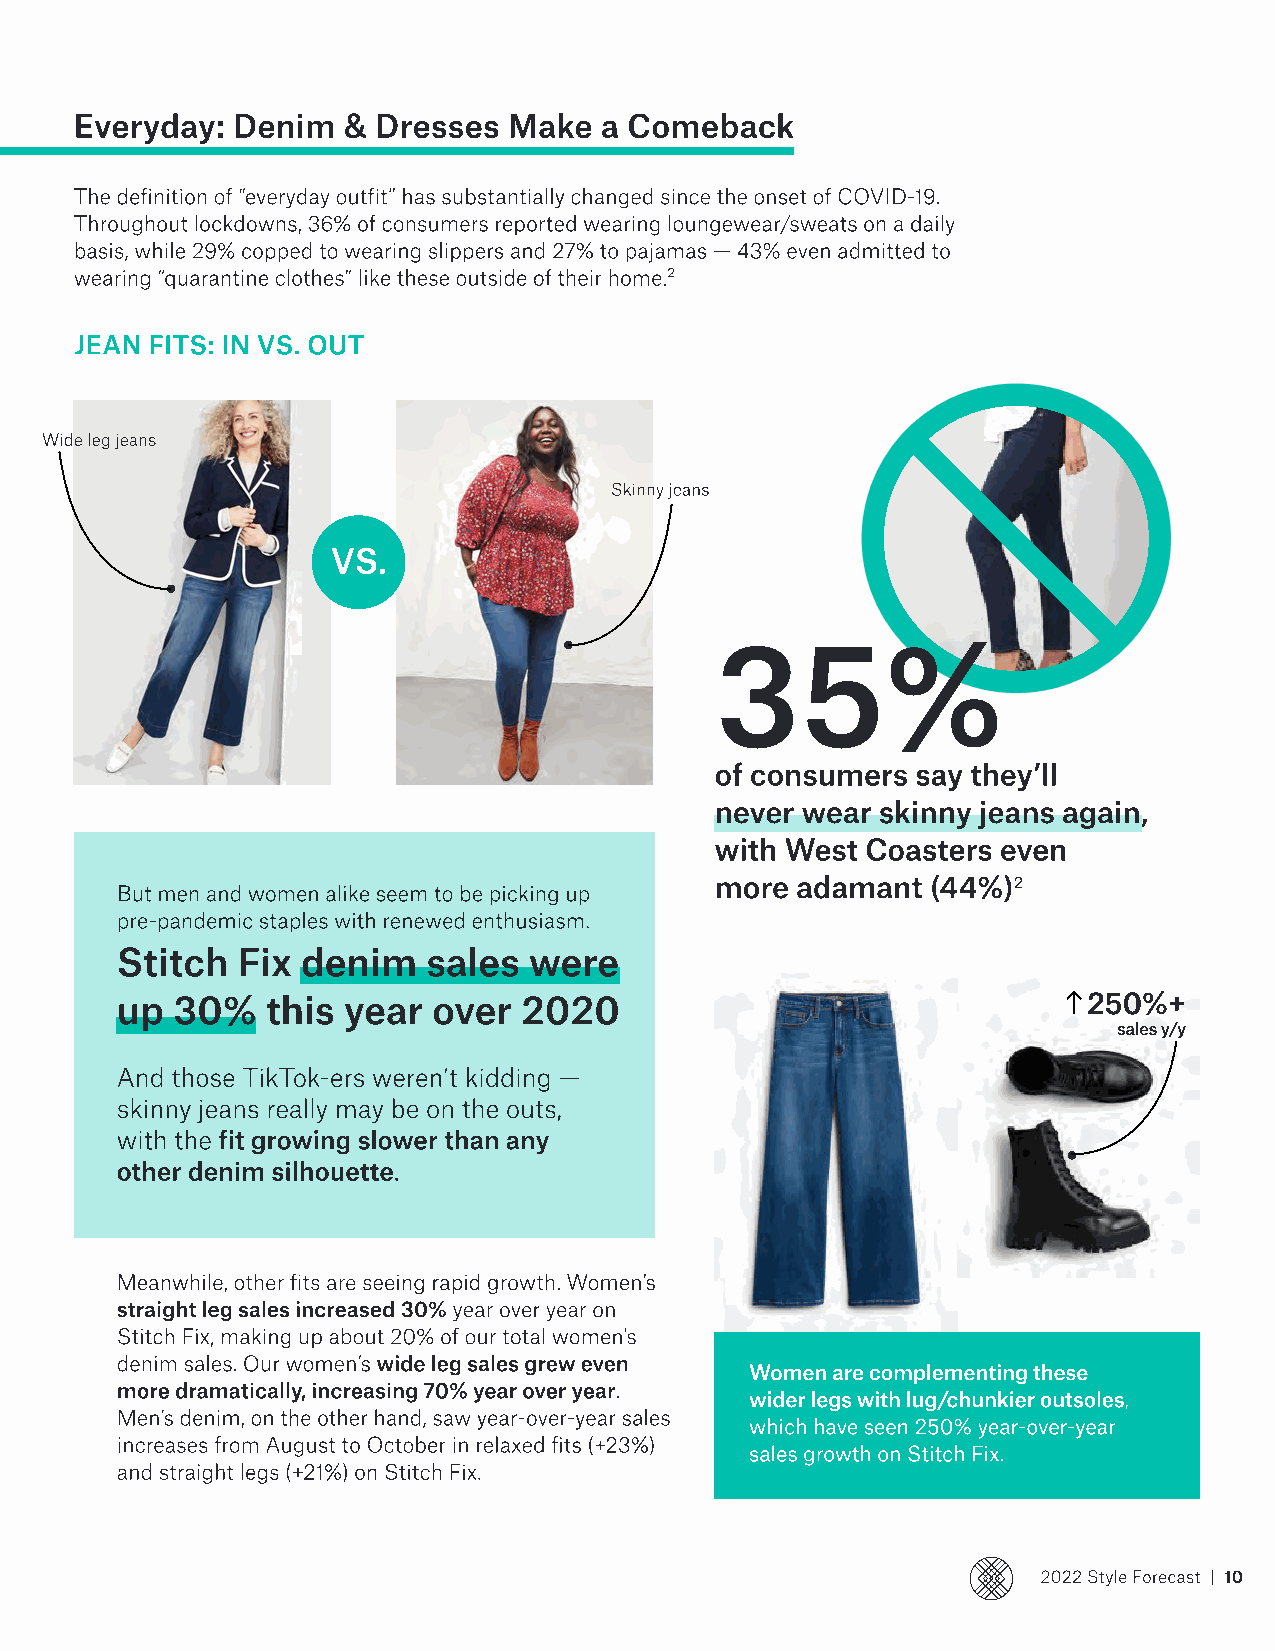
Everyday: Denim   & Dresses  Make  a Comeback
 The definition of “everyday outfit” has substantially changed since the onset of COVID-19.
 Throughout lockdowns, 36% of consumers reported wearing loungewear/sweats on a daily
 basis, while 29% copped to wearing slippers and 27% to pajamas — 43% even admitted to
 wearing “quarantine clothes” like these outside of their home.2
 Jean Fits: In vs. Out
 Wide leg jeans
 Skinny jeans
 VS.
 35%
 of consumers  say they’ll
 never wear skinny jeans again,
 with West Coasters even
 more  adamant  (44%)2
 But men and women alike seem to be picking up
 pre-pandemic staples with renewed enthusiasm. 
 Stitch  Fix denim   sales  were
 up 30%    this year  over 2020
 250%+ 
 sales y/y
 And those TikTok-ers weren’t kidding —
 skinny jeans really may be on the outs,
 with the fit growing slower than any
 other denim silhouette.
 Meanwhile, other fits are seeing rapid growth. Women’s
 straight leg sales increased 30% year over year on
 Stitch Fix, making up about 20% of our total women's
 denim sales. Our women’s wide leg sales grew even
 Women are complementing these
 more dramatically, increasing 70% year over year.
 wider legs with lug/chunkier outsoles,
 Men’s denim, on the other hand, saw year-over-year sales
 which have seen 250% year-over-year
 increases from August to October in relaxed fits (+23%)
 sales growth on Stitch Fix.
 and straight legs (+21%) on Stitch Fix.
 2022 Style Forecast | 10